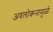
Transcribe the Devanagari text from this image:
अवलोकनामुळे